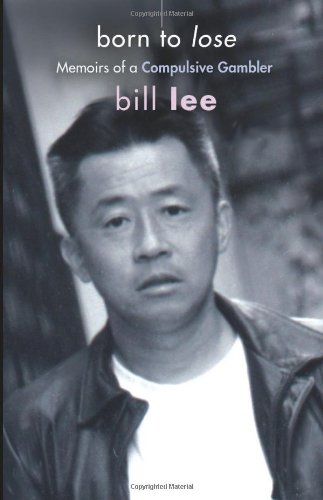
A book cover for Born to Lose: Memoirs of a Compulsive Gambler; Bill Lee; Health, Fitness & Dieting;